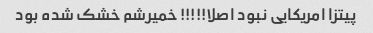
پیتزا امریکایی نبود اصلا!!!!! خمیرشم خشک شده بود